Lunatic asylums Central Provinces reports 1886-1894 - 1886-1894
Year: 1886
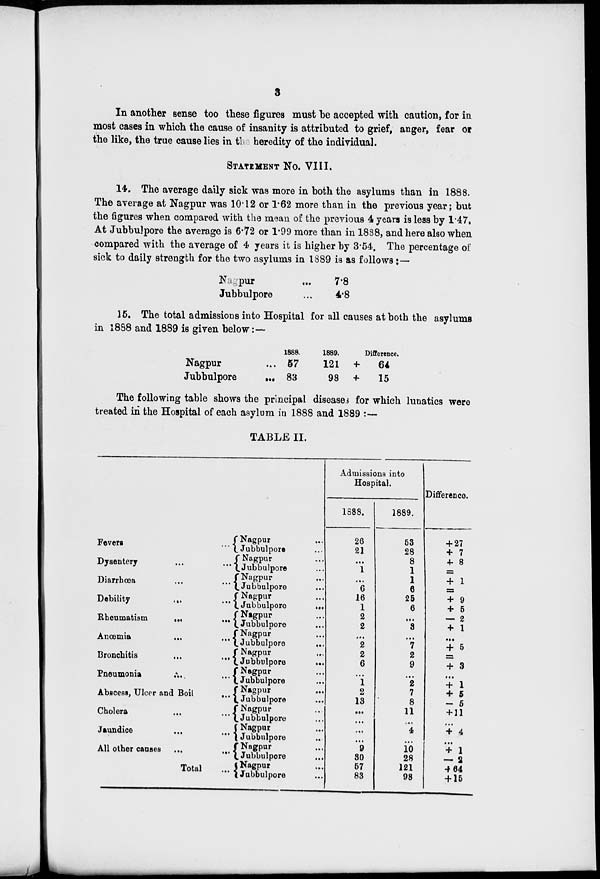
3
In another sense too these figures must be accepted with caution, for in
most cases in which the cause of insanity is attributed to grief, anger, fear or
the like, the true cause lies in the heredity of the individual.
STATEMENT No. VIII.
14. The average daily sick was more in both the asylums than in 1888.
The average at Nagpur was 10.12 or 1.62 more than in the previous year; but
the figures when compared with the mean of the previous 4 years is less by 1.47.
At Jubbulpore the average is 6.72 or 1.99 more than in 1888, and here also when
compared with the average of 4 years it is higher by 3.54. The percentage of
sick to daily strength for the two asylums in 1889 is as follows:—
Nagpur ...
Jubbulpore ...
7.8
4.8
15. The total admissions into Hospital for all causes at both the asylums
in 1888 and 1889 is given below:—
Nagpur ...
Jubbulpore ...
1888.
57
83
1889.
121
98
Difference.
+
64
+
15
The following table shows the principal diseases for which lunatics were
treated in the Hospital of each asylum in 1888 and 1889 :—
TABLE II.
Fevers
...
Dysentery ... ...
Diarrhœa
...
...
Debility
...
...
Rheumatism
...
...
Anœmia
...
...
Bronchitis
...
...
Pneumonia
...
...
Abscess, Ulcer and Boil
...
Cholera ... ...
Jaundice ... ...
All other causes
...
...
Total ...
Nagpur ...
Jubbulpore ...
Nagpur ...
Jubbulpore ...
Nagpur ...
Jubbulpore ...
Nagpur ...
Jubbulpore
...
Nagpur ...
Jubbulpore ...
Nagpur ...
Jubbulpore
...
Nagpur...
Jubbulpore
...
Nagpur...
Jubbulpore ...
Nagpur ...
Jubbulpore ...
Nagpur ...
Jubbulpore ...
Nagpur ...
Jubbulpore ...
Nagpur ...
Jubbulpore ...
Nagpur ...
Jubbulpore ...
Admissions into
Hospital.
1888.
26
21
...
1
...
6
16
1
2
2
...
2
2
6
...
1
2
13
...
...
...
...
9
30
57
83
1889.
53
28
8
1
1
6
25
6
...
3
...
7
2
9
...
2
7
8
11
...
4
...
10
28
121
98
Difference.
+ 27
+ 7
+ 8
=
+ 1
=
+ 9
+ 5
— 2
+ 1
...
+ 5
=
+ 3
...
+ 1
+ 5
— 5
+ 11
...
+ 4
...
+ 1
— 2
+ 64
+ 15